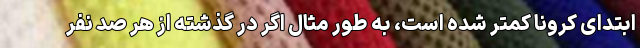
ابتدای کرونا کمتر شده است، به طور مثال اگر در گذشته از هر صد نفر